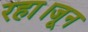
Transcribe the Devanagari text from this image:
रहा।जून